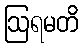
ဩရမတိ